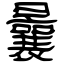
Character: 曩